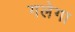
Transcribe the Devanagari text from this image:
गलेगा